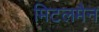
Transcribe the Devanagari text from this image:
मिटलमैन